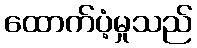
ထောက်ပံ့မှုသည်